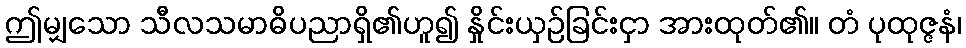
ဤမျှသော သီလသမာဓိပညာရှိ၏ဟူ၍ နှိုင်းယှဉ်ခြင်းငှာ အားထုတ်၏။ တံ ပုထုဇ္ဇနံ၊